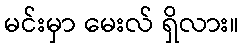
မင်းမှာ မေးလ် ရှိလား။